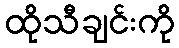
ထိုသီချင်းကို